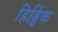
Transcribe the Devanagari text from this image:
हिड्डिंक